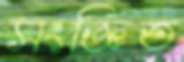
সংজ্ঞিত